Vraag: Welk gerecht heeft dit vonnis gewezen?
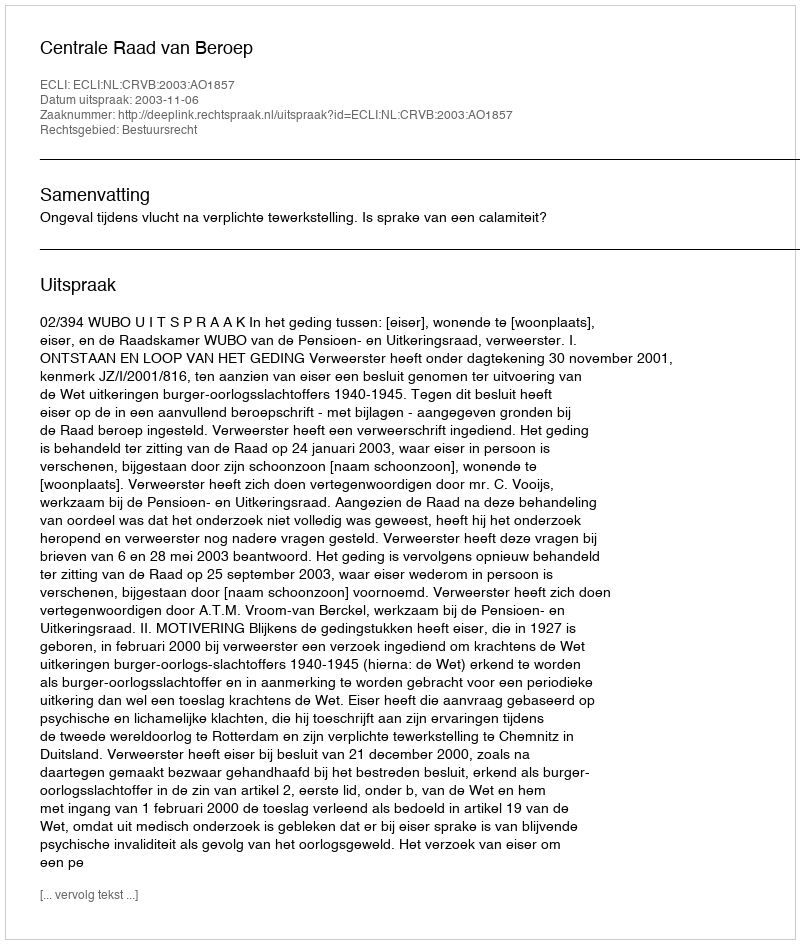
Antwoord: Centrale Raad van Beroep